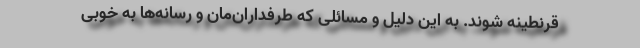
قرنطینه شوند. به این دلیل و مسائلی که طرفداران‌مان و رسانه‌ها به خوبی